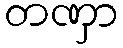
တဏှာ